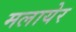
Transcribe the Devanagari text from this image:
मलायेर